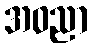
အဝညာ